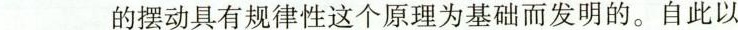
___的摆动具有规律性这个原理为基础而发明的。自此以